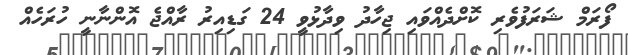
ފޯރަމް ޝަރަފުވެރި ކޮށްދެއްވައި ޖިހާދު ވިދާޅުވީ 24 ގަޑިއިރު ރާއްޖެ އޮންނާނީ ހުރަހެއް